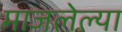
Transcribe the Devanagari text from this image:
माजलेल्या